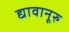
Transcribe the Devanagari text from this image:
द्यावानूरु